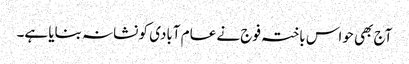
آج بھی حواس باختہ فوج نے عام آبادی کو نشانہ بنایا ہے۔